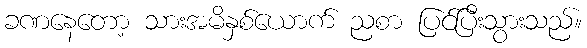
ခဏနေတော့ သားအမိနှစ်ယောက် ညစာ ပြင်ပြီးသွားသည်။